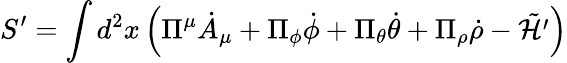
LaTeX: S^{\prime}=\int d^{2}x\left(\Pi^{\mu}{\dot{A}}_{\mu}+\Pi_{\phi}{\dot{\phi}}+\Pi_{\theta}{\dot{\theta}}+\Pi_{\rho}{\dot{\rho}}-\tilde{\cal H^{\prime}}\right)